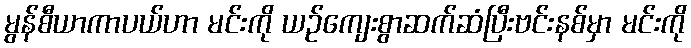
မွန်စီယာကာပယ်ဟာ မင်းကို ယဉ်ကျေးစွာဆက်ဆံပြီးဗင်းနစ်မှာ မင်းကို